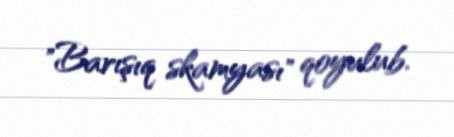
"Barışıq skamyası" qoyulub.